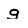
Character: g